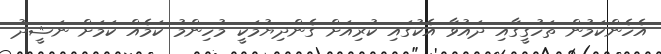
އެހެންކަމުން ތަހުގީގާއި ދައުވާ އެކުގައި ކުރިއަށް ގެންދިޔުމަކީ މުހިންމު ކަމެއް ކަމަށް ނަޝީދު